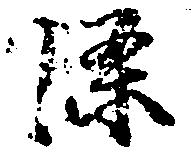
条